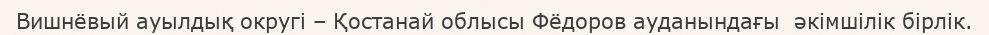
Вишнёвый ауылдық округі – Қостанай облысы Фёдоров ауданындағы  әкімшілік бірлік.